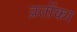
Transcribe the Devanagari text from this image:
व्रतोंका